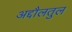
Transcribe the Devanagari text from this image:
अद्दौलतुल